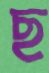
ছ